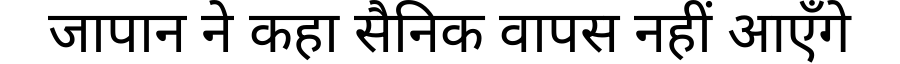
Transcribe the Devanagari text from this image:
जापान ने कहा सैनिक वापस नहीं आएँगे